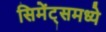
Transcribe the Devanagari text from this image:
सिमेंट्समध्ये